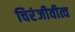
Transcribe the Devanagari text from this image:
चिरंजीवीत्व